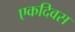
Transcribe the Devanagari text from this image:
एकदिवस